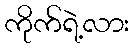
ကိုက်ရဲ့လား